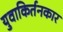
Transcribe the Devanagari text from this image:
युवाकिर्तनकार